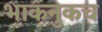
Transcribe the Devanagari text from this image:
भाकनुकच